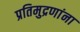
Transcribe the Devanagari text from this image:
प्रतिमुद्रणांना